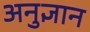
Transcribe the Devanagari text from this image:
अनुज्ञान